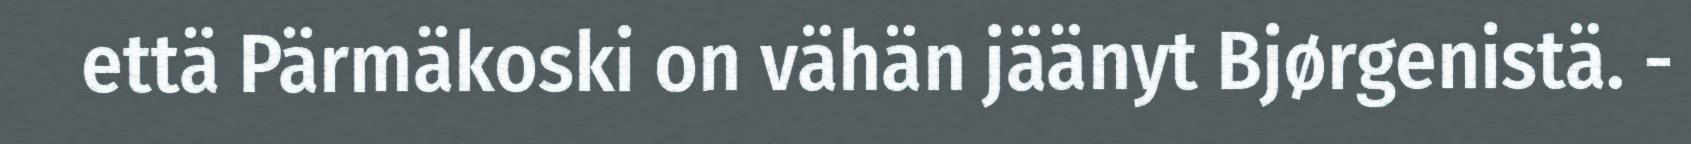
että Pärmäkoski on vähän jäänyt Bjørgenistä. -